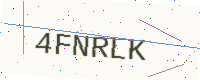
Text: 4FNRLK